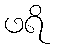
ဖရိ